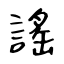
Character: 謠